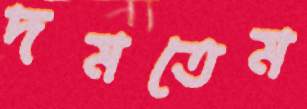
দমতেম